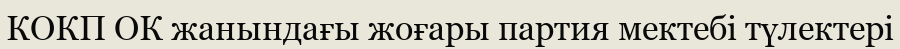
КОКП ОК жанындағы жоғары партия мектебі түлектері